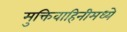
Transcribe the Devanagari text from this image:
मुक्तिवाहिनीमध्ये